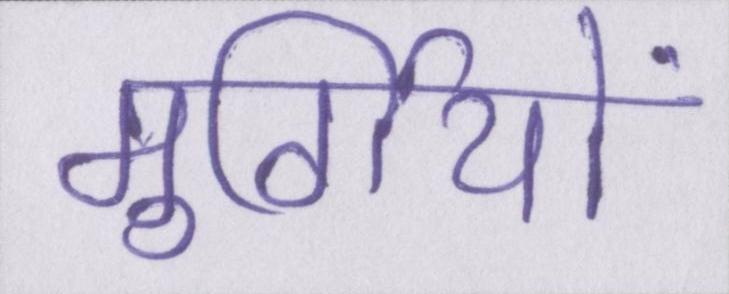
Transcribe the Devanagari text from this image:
मुर्गियों